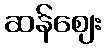
ဆန်ဈေး